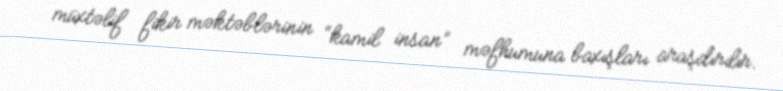
müxtəlif fikir məktəblərinin “kamil insan” məfhumuna baxışları araşdırılır.